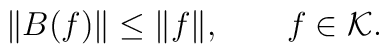
\|B(f)\| \le \|f\|, \qquad f \in {\cal K}.